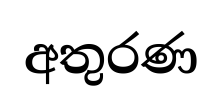
අතුරණ